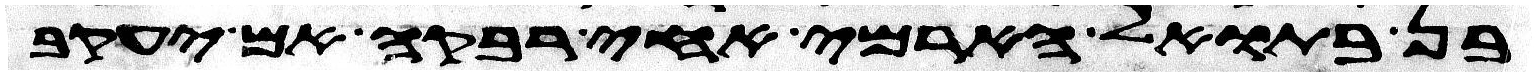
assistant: בן בתואל הארמי אחי רבקה אם יעקב